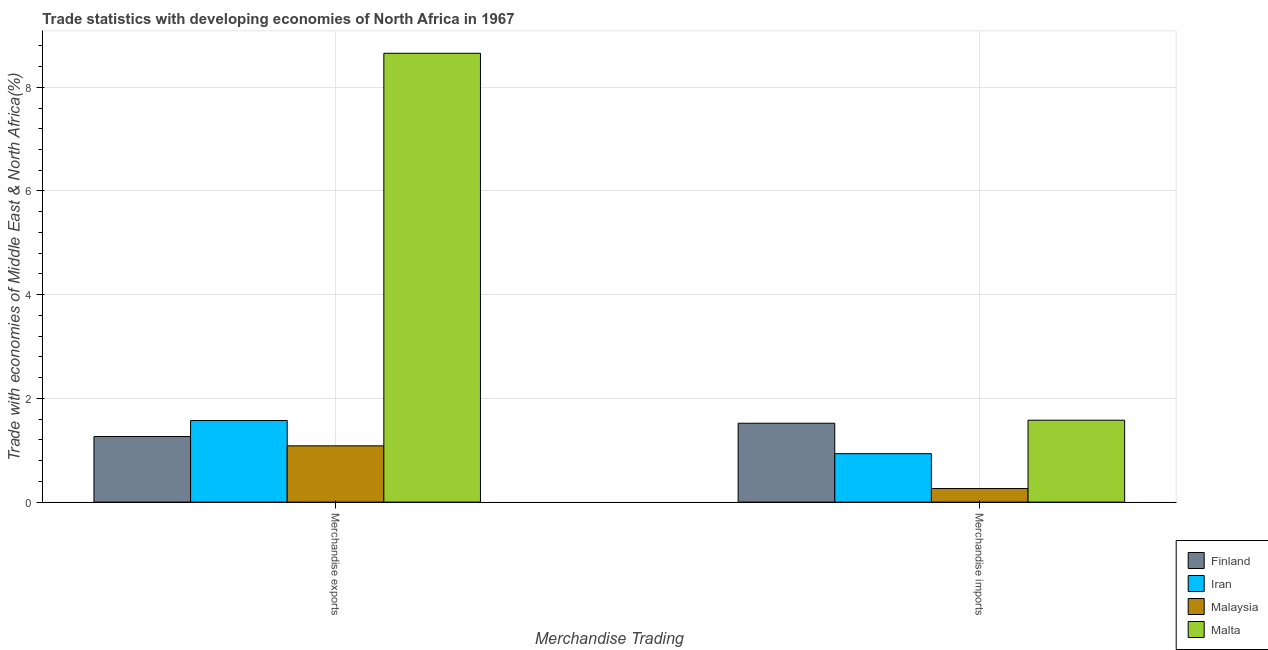
| Merchandise Trading | Finland | Iran | Malaysia | Malta |
 | --- | --- | --- | --- | --- |
 | Merchandise exports | 1.26 | 1.57 | 1.09 | 8.66 |
 | Merchandise imports | 1.52 | 0.934 | 0.262 | 1.58 |